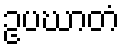
ဥပဃာတံ